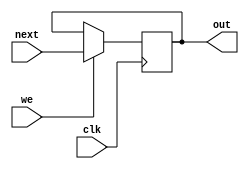
module reg_we(clk, next, we, out);
    input clk, we;
    input [31:0] next;
    output reg [31:0] out;

    always @(posedge clk) begin
      if(we)
        out <= next;
    end
    initial out <= 32'b0;
endmodule

module reg_nwe(clk, next, out);
    input clk;
    input [31:0] next;
    output reg [31:0] out;

    always @(posedge clk) begin
      out <= next;
    end
    initial out <= 32'b0;
endmodule